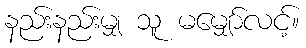
နည်းနည်းမျှ သူ မမျှော်လင့်။